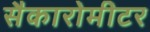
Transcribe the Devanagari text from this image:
सैकारोमीटर